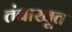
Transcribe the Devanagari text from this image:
तंबाखूत